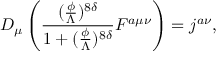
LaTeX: D _ { \mu } \left( \frac { ( \frac { \phi } { \Lambda } ) ^ { 8 \delta } } { 1 + ( \frac { \phi } { \Lambda } ) ^ { 8 \delta } } F ^ { a \mu \nu } \right) = j ^ { a \nu } ,